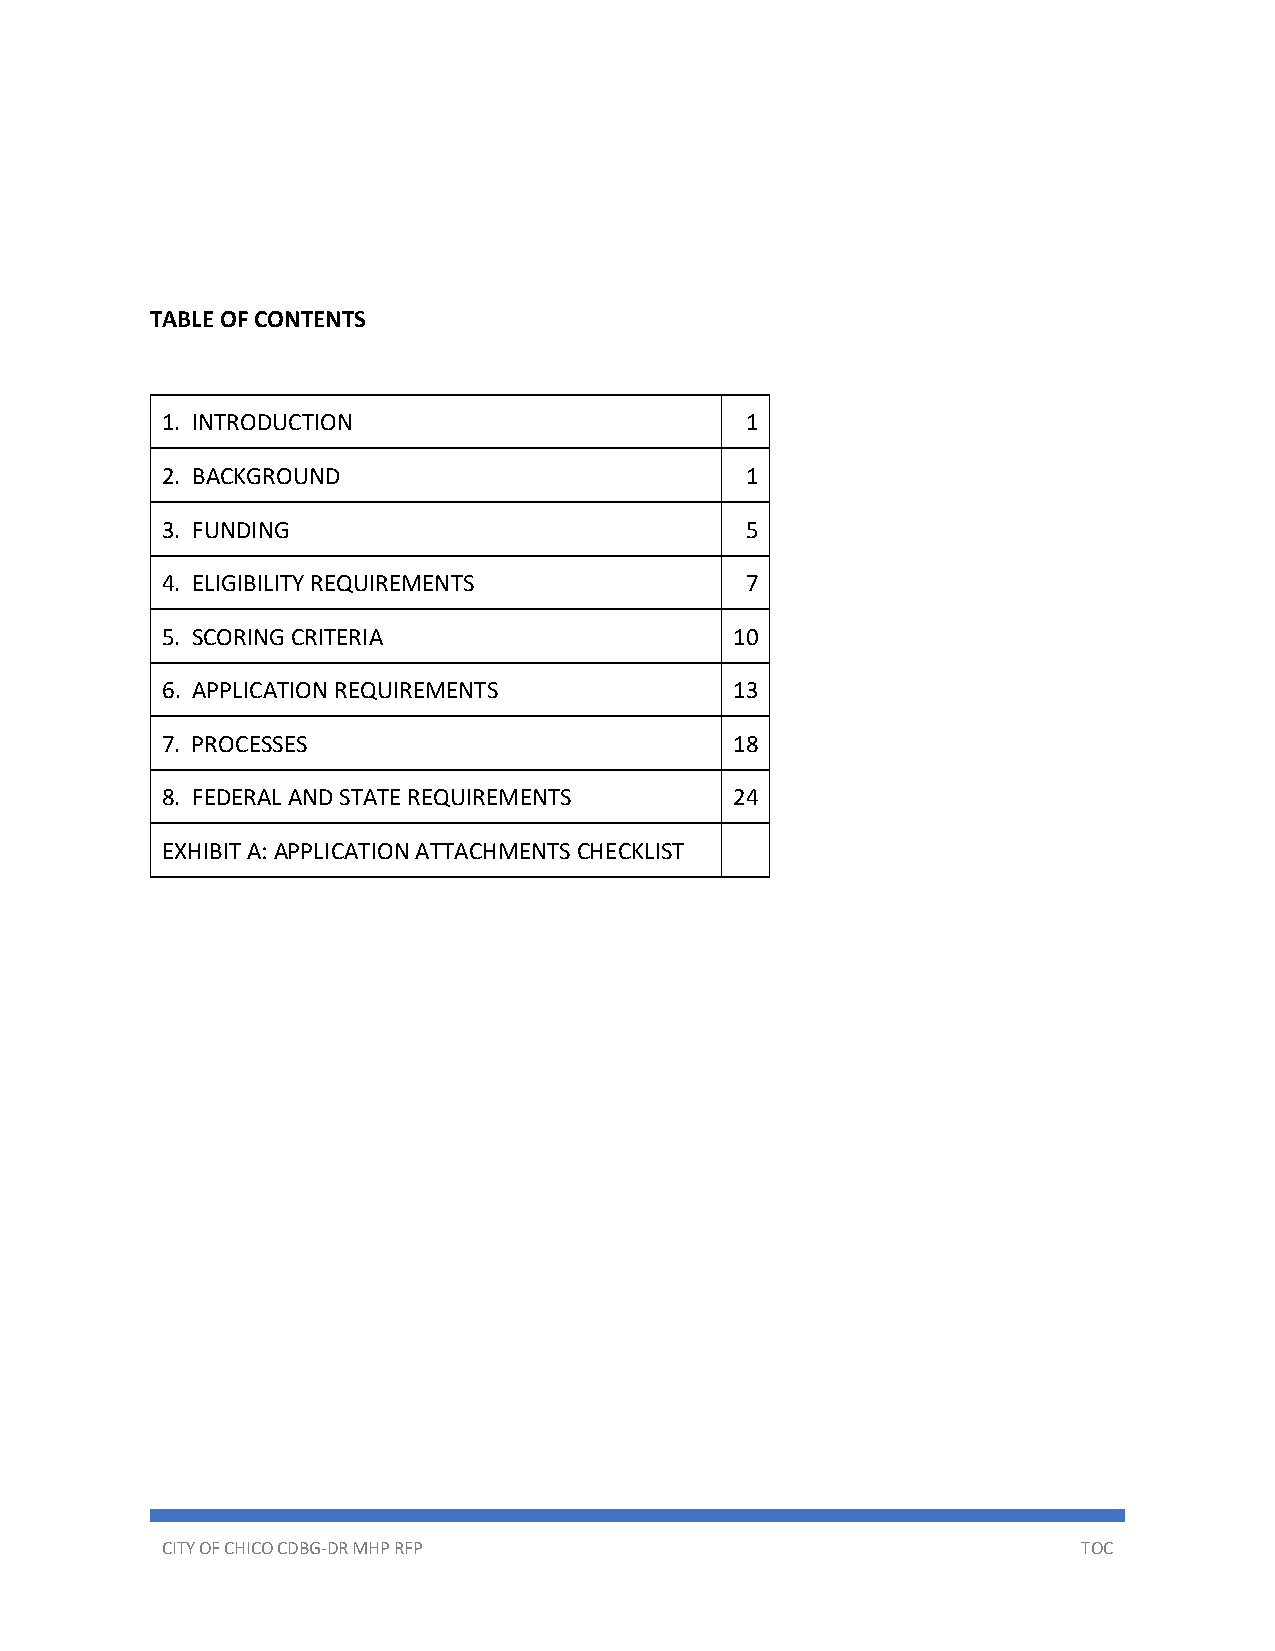
TABLE OF CONTENTS
 1. INTRODUCTION                       1
 2. BACKGROUND                         1
 3. FUNDING                            5
 4. ELIGIBILITY REQUIREMENTS           7
 5. SCORING CRITERIA                   10
 6. APPLICATION REQUIREMENTS           13
 7. PROCESSES                          18
 8. FEDERAL AND STATE REQUIREMENTS     24
 EXHIBIT A: APPLICATION ATTACHMENTS CHECKLIST
 CITY OF CHICO CDBG-DR MHP RFP                                TOC